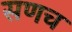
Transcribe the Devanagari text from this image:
सणच